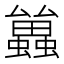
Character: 𮕑